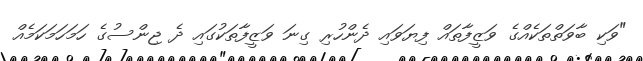
"ވަކި ބާވަތްތަކެއްގެ ވަޒީފާތައް ފިޔަވައި ދެންހުރި ގިނަ ވަޒީފާތަކުގައި ދެ ޖިންސުގެ ހަމަހަމަކަމެއް